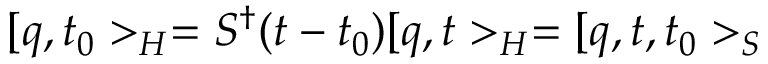
[ q , t _ { 0 } > _ { H } = S ^ { \dagger } ( t - t _ { 0 } ) [ q , t > _ { H } = [ q , t , t _ { 0 } > _ { S }